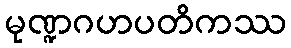
မုဏ္ဍဂဟပတိကဿ